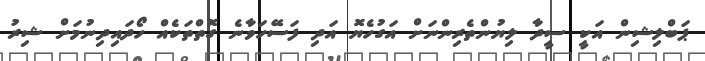
ޕަބްލިޝިން އަކީ ސީދާ ލިޔުންތެރިންނަށް އަގުހެޔޮ އަދި ފަސޭހަވާނެ ގޮތްތަކެއް ހޯދައިދިނުމަށް ޝިރު